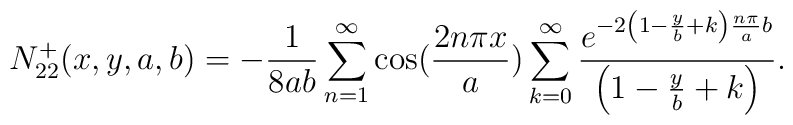
N_{22}^{+}(x,y,a,b)=-\frac{1}{8ab}\sum_{n=1}^{\infty }\cos (\frac{2n\pi x}{a})\sum_{k=0}^{\infty }\frac{e^{-2\left( 1-\frac{y}{b}+k\right) \frac{n\pi }{a}b}}{\left( 1-\frac{y}{b}+k\right)}.